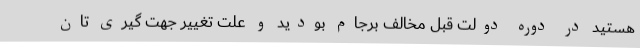
هستید در دوره دولت قبل مخالف برجام بودید و علت تغییر جهت گیری تان